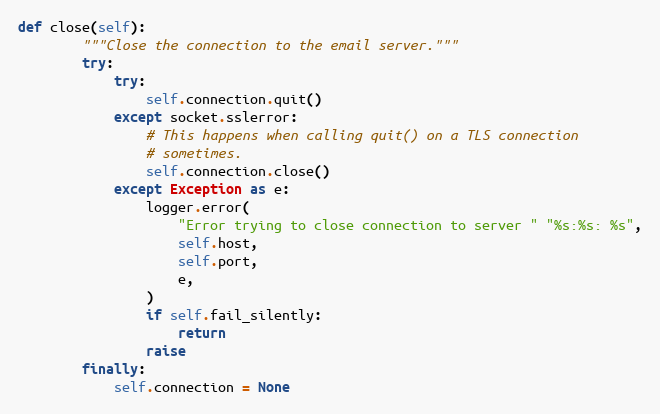
Language: Python
def close(self):
        """Close the connection to the email server."""
        try:
            try:
                self.connection.quit()
            except socket.sslerror:
                # This happens when calling quit() on a TLS connection
                # sometimes.
                self.connection.close()
            except Exception as e:
                logger.error(
                    "Error trying to close connection to server " "%s:%s: %s",
                    self.host,
                    self.port,
                    e,
                )
                if self.fail_silently:
                    return
                raise
        finally:
            self.connection = None